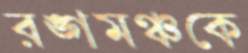
রঙ্গমঞ্চকে